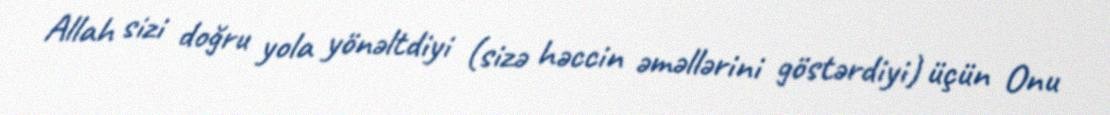
Allah sizi doğru yola yönəltdiyi (sizə həccin əməllərini göstərdiyi) üçün Onu